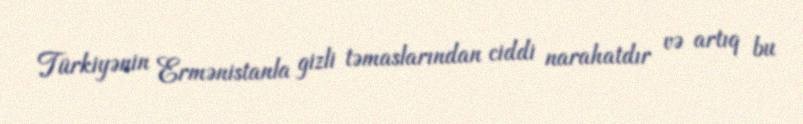
Türkiyənin Ermənistanla gizli təmaslarından ciddi narahatdır və artıq bu